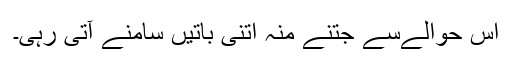
اس حوالےسے جتنے منہ اتنی باتیں سامنے آتی رہی۔